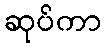
ဆုပ်ကာ